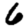
Digit: 6